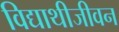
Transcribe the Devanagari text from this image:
विद्याथीजीवन